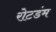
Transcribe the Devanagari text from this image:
रोटडंम